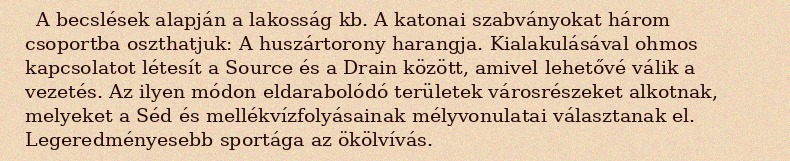
A becslések alapján a lakosság kb. A katonai szabványokat három csoportba oszthatjuk: A huszártorony harangja. Kialakulásával ohmos kapcsolatot létesít a Source és a Drain között, amivel lehetővé válik a vezetés. Az ilyen módon eldarabolódó területek városrészeket alkotnak, melyeket a Séd és mellékvízfolyásainak mélyvonulatai választanak el. Legeredményesebb sportága az ökölvívás.